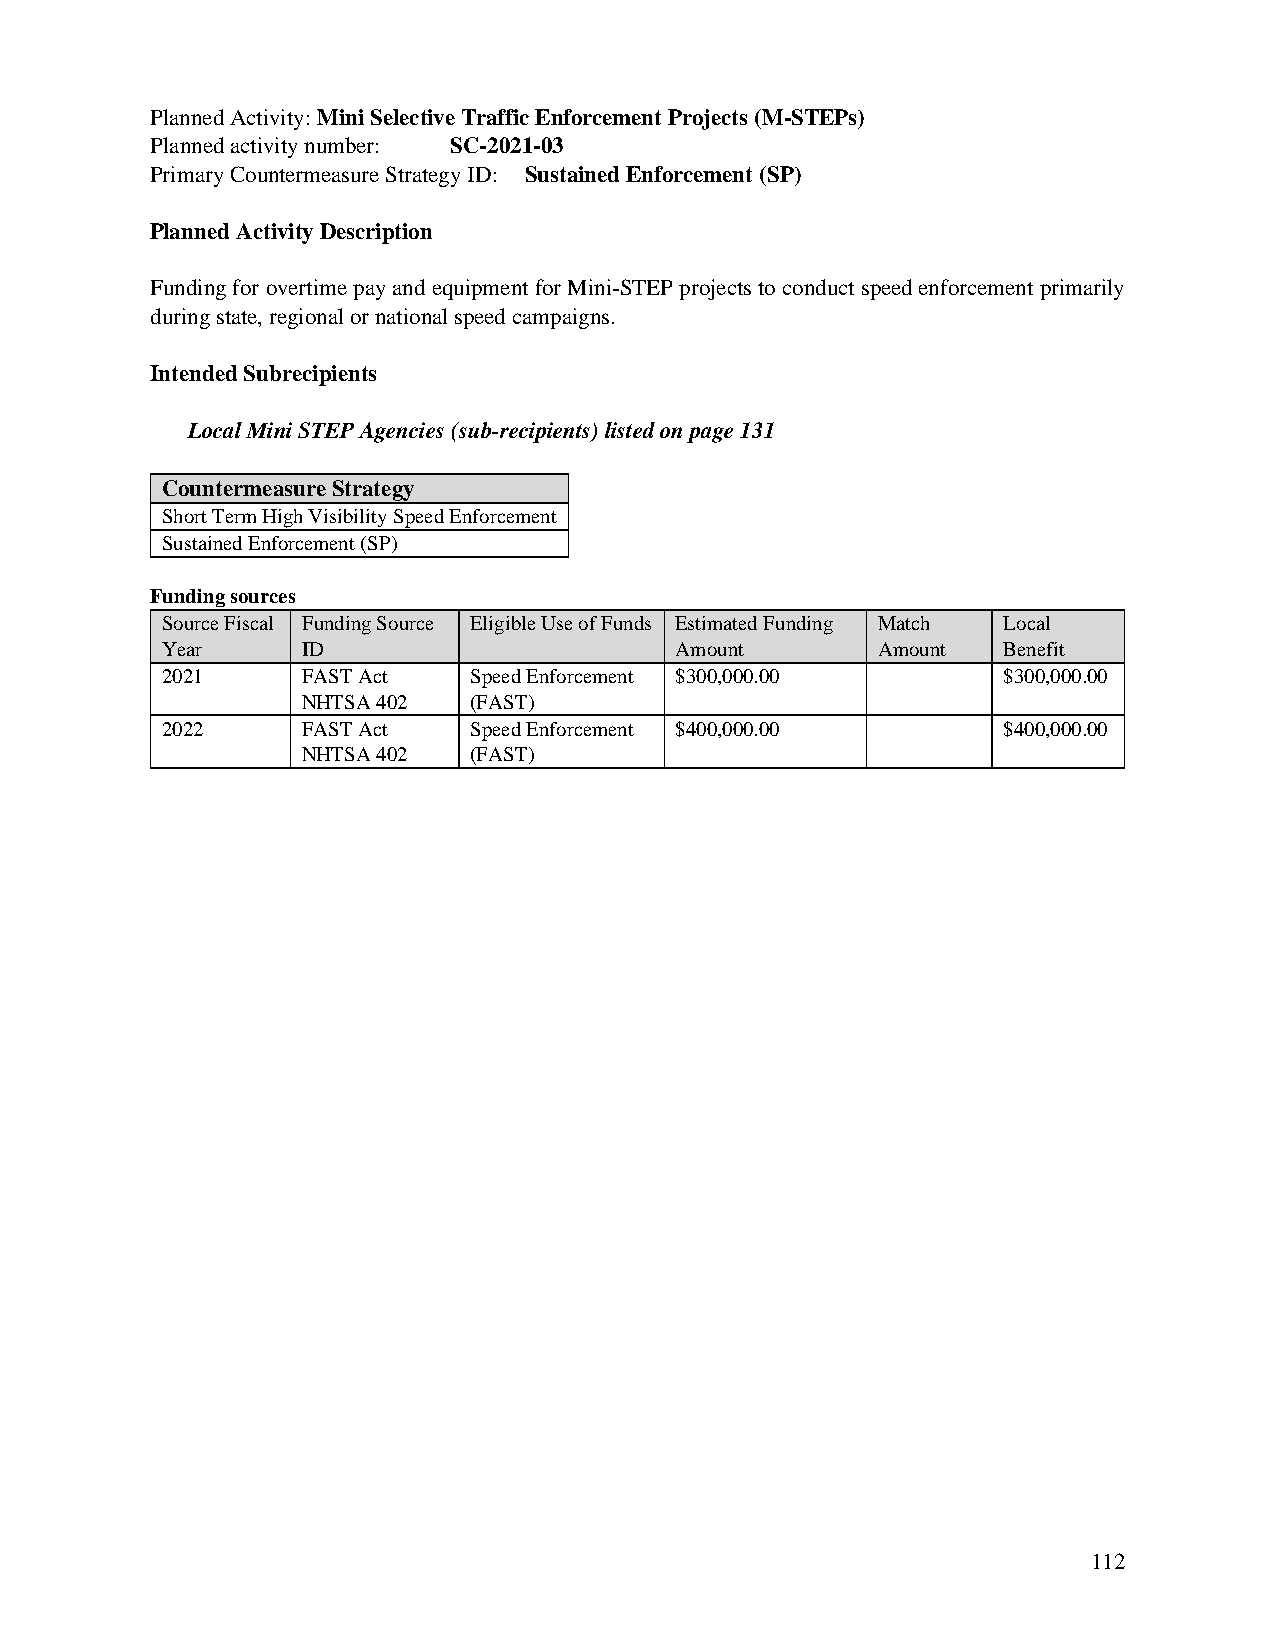
Planned Activity: Mini Selective Traffic Enforcement Projects (M-STEPs)
 Planned activity number: SC-2021-03
 Primary Countermeasure Strategy ID: Sustained Enforcement (SP)
 Planned Activity Description
 Funding for overtime pay and equipment for Mini-STEP projects to conduct speed enforcement primarily
 during state, regional or national speed campaigns.
 Intended Subrecipients
 Local Mini STEP Agencies (sub-recipients) listed on page 131
 Countermeasure Strategy
 Short Term High Visibility Speed Enforcement
 Sustained Enforcement (SP)
 Funding sources
 Source Fiscal Funding Source Eligible Use of Funds Estimated Funding Match Local
 Year     ID                       Amount       Amount  Benefit
 2021     FAST Act   Speed Enforcement $300,000.00      $300,000.00
 NHTSA 402  (FAST)
 2022     FAST Act   Speed Enforcement $400,000.00      $400,000.00
 NHTSA 402  (FAST)
 112